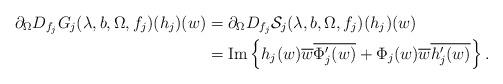
LaTeX: \begin{align*}\partial_{\Omega}D_{f_{j}}G_{j}(\lambda,b,\Omega,f_{j})(h_{j})(w)&=\partial_{\Omega}D_{f_{j}}\mathcal{S}_{j}(\lambda,b,\Omega,f_{j})(h_{j})(w)\\&=\mbox{Im}\left\lbrace h_{j}(w)\overline{w}\overline{\Phi_{j}'(w)}+\Phi_{j}(w)\overline{w}\overline{h_{j}'(w)}\right\rbrace.\end{align*}